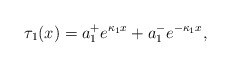
\begin{align*}\tau_{1}(x)= a_1^+ e^{\kappa_1 x} + a_1^- e^{-\kappa_1 x},\end{align*}